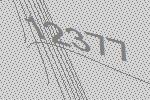
12377